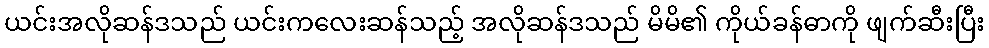
ယင်းအလိုဆန်ဒသည် ယင်းကလေးဆန်သည့် အလိုဆန်ဒသည် မိမိ၏ ကိုယ်ခန်ဓာကို ဖျက်ဆီးပြီး